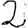
Digit: 2